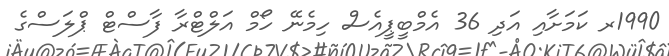
1990ރ ކަމަށާއި އަދި 36 އެމްބީޕީއެސް ހިމެނޭ ހޯމް އަލްޓްރާ ފާސްޓް ޕްލަސްގެ